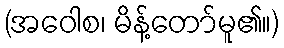
(အဝေါစ၊ မိန့်တော်မူ၏။)